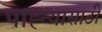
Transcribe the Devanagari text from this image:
पाह्न्यासाठी